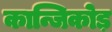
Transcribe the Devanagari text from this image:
कान्जिकोड़